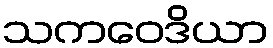
သကဝေဒိယာ